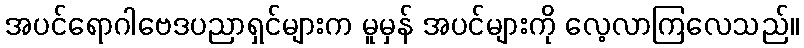
အပင်ရောဂါဗေဒပညာရှင်များက မူမှန် အပင်များကို လေ့လာကြလေသည်။